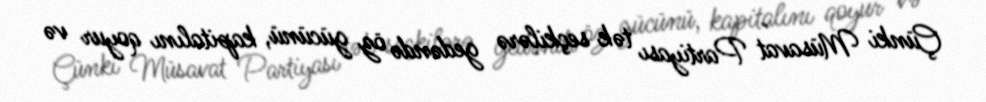
Çünki Müsavat Partiyası tək seçkilərə gedəndə öz gücünü, kapitalını qoyur və